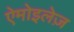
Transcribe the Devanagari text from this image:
ऐमोइलेज़